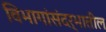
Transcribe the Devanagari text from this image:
विभागांसंदर्भातील